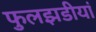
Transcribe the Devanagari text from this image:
फुलझडीयां